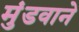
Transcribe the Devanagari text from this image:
मुंडवाने